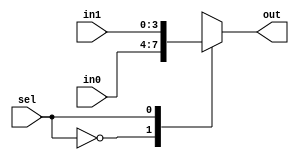
`timescale 1ns / 1ps
//////////////////////////////////////////////////////////////////////////////////
// Company: 
// Engineer: 
// 
// Design Name: 
// Module Name:    mux4x1_2 
// Project Name: 
// Target Devices: 
// Tool versions: 
// Description: 
//
// Dependencies: 
//
// Revision: 
// Revision 0.01 - File Created
// Additional Comments: 
//
//////////////////////////////////////////////////////////////////////////////////
module mux4b_2_to_1(in0,in1,sel,out);
input [3:0] in0,in1;
input  sel;
output [3:0] out;
reg [3:0] out;
always @(sel or in0 or in1)
begin
   case(sel)
    1'b0: out=in0;
    1'b1: out=in1;
   endcase
end
endmodule